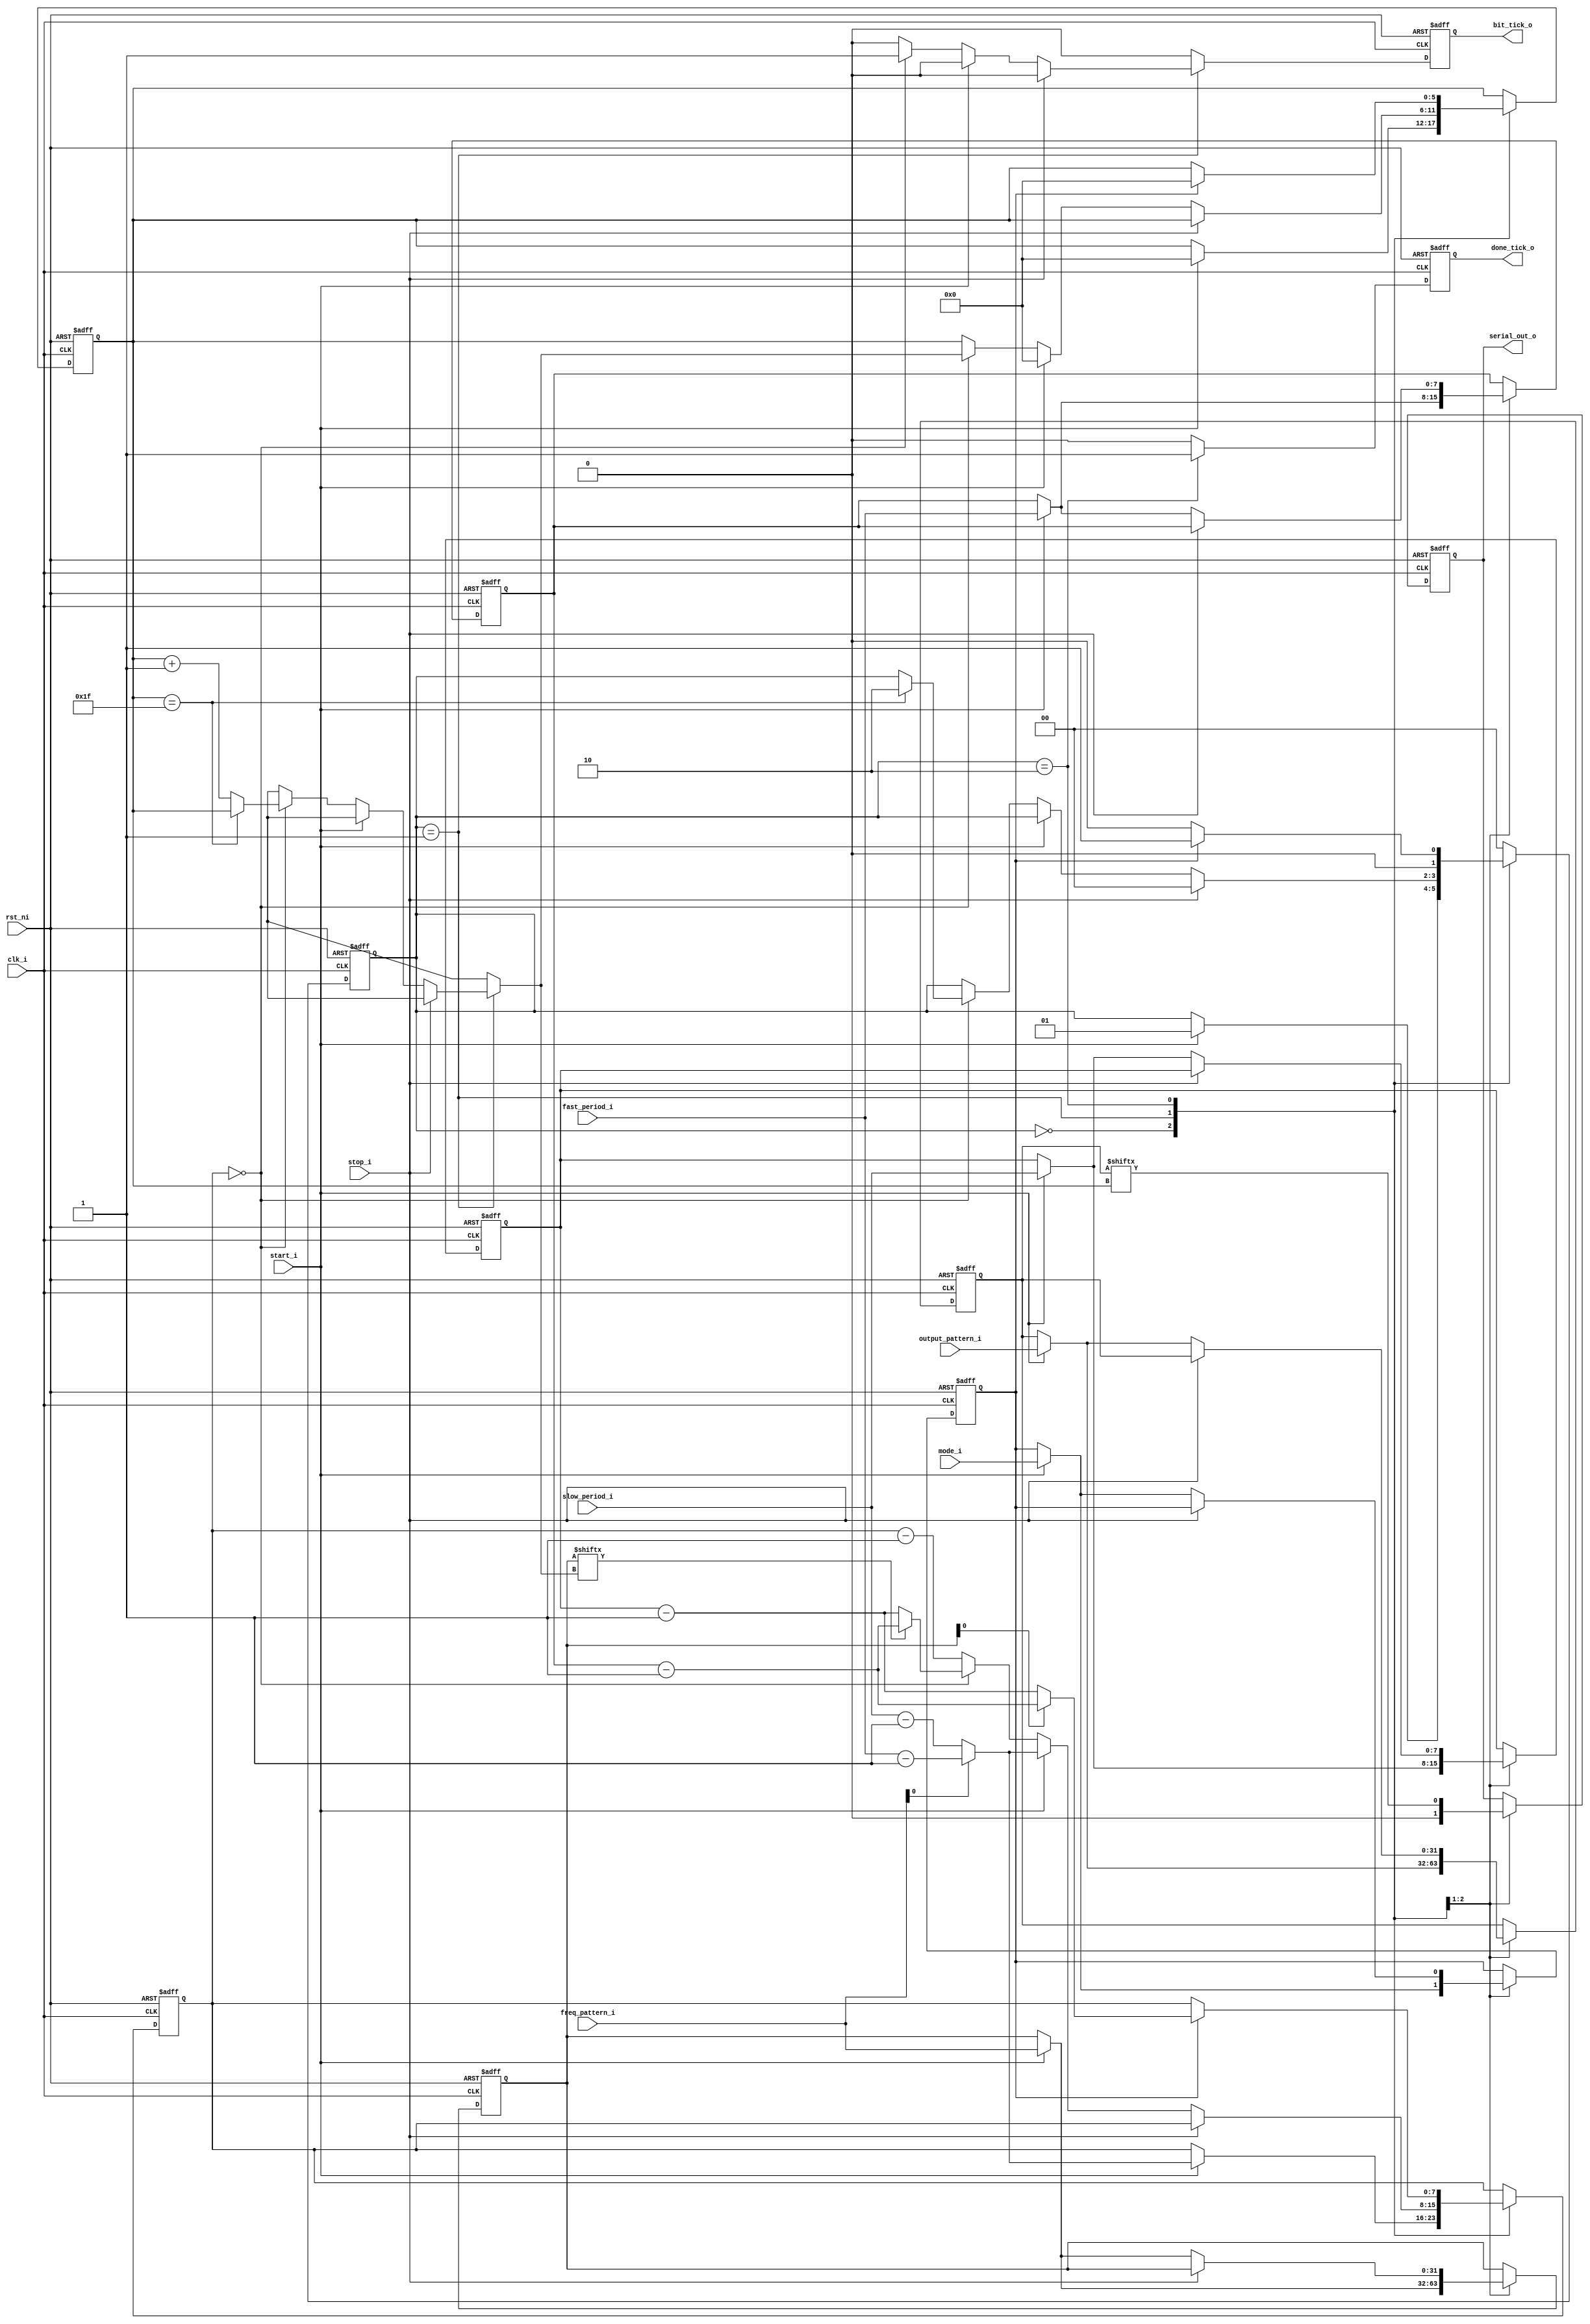
/* Filename : serial_out.v
 * Simulator: ModelSim - Intel FPGA Edition vsim 2020.1
 * Complier : Quartus Prime - Standard Edition 20.1.1
 *
 * Serially output 32-bit data by different frequency
 */

module serial_out #(
  parameter DATA_BIT = 32
) (
  input                 clk_i,
  input                 rst_ni,
  input                 start_i,
  input                 stop_i,
  input                 mode_i,        // one-shot, repeat
  input  [DATA_BIT-1:0] output_pattern_i,
  input  [DATA_BIT-1:0] freq_pattern_i,
  input  [7:0]          slow_period_i,
  input  [7:0]          fast_period_i,
  output                serial_out_o,  // idle state is low
  output                bit_tick_o,
  output                done_tick_o
);

// Define the states
localparam [1:0] S_IDLE     = 2'b00;
localparam [1:0] S_ONE_SHOT = 2'b01;
localparam [1:0] S_DONE     = 2'b10;

localparam IDLE     = 1'b0;
localparam ONE_SHOT = 1'b0;
localparam REPEAT   = 1'b1;

// Signal declaration
reg [1:0]          state_reg,     state_next;
reg                mode_reg,      mode_next;
reg                output_reg,    output_next;
reg [5:0]          data_bit_reg,  data_bit_next;
reg [DATA_BIT-1:0] data_buf_reg,  data_buf_next;
reg [DATA_BIT-1:0] freq_buf_reg,  freq_buf_next;
reg [7:0]          slow_period,   slow_period_next;
reg [7:0]          fast_period,   fast_period_next;
reg [7:0]          count_reg,     count_next;
reg                bit_tick_reg,  bit_tick_next;
reg                done_tick_reg, done_tick_next;

// Body
// FSMD state & data registers
always @(posedge clk_i, negedge rst_ni) begin
  if (~rst_ni)
    begin
      state_reg     <= S_IDLE;
      mode_reg      <= 0;
      output_reg    <= 0;
      data_bit_reg  <= 0;
      data_buf_reg  <= {(DATA_BIT){1'b0}};
      freq_buf_reg  <= {(DATA_BIT){1'b0}};
      slow_period   <= 0;
      fast_period   <= 0;
      count_reg     <= 0;
      bit_tick_reg  <= 0;
      done_tick_reg <= 0;
    end
  else
    begin
      state_reg     <= state_next;
      mode_reg      <= mode_next;
      output_reg    <= output_next;
      data_bit_reg  <= data_bit_next;
      data_buf_reg  <= data_buf_next;
      freq_buf_reg  <= freq_buf_next;
      slow_period   <= slow_period_next;
      fast_period   <= fast_period_next;
      count_reg     <= count_next;
      bit_tick_reg  <= bit_tick_next;
      done_tick_reg <= done_tick_next;
    end
end

// FSMD next-state logic
always @(*) begin
  state_next       = state_reg;
  mode_next        = mode_reg;
  output_next      = output_reg;
  data_bit_next    = data_bit_reg;
  data_buf_next    = data_buf_reg;
  freq_buf_next    = freq_buf_reg;
  slow_period_next = slow_period;
  fast_period_next = fast_period;
  count_next       = count_reg;
  bit_tick_next    = 0;
  done_tick_next   = 0;

  case (state_reg)
    // S_IDLE: waiting for the start_i, output depends on mode_i
    S_IDLE: begin
      output_next = IDLE;
      // start output
      if (start_i)
        begin
          // load the input data
          state_next       = S_ONE_SHOT;
          mode_next        = mode_i;  // load the mode, 0:one-shot, 1:repeat
          data_buf_next    = output_pattern_i;
          freq_buf_next    = freq_pattern_i;
          slow_period_next = slow_period_i;
          fast_period_next = fast_period_i;
          data_bit_next    = 0;
          if (freq_buf_next[0])
            count_next = fast_period_next - 1'b1;
          else
            count_next = slow_period_next - 1'b1;
        end
    end // case: S_IDLE
    // S_ONE_SHOT: serially output 32-bit data, it can change period per bit
    S_ONE_SHOT: begin
      output_next = data_buf_reg[data_bit_reg]; // transmit lsb first
      if (stop_i)
        begin
          state_next = S_IDLE;
        end
      else if (start_i)
        begin
          // load the input data
          mode_next        = mode_i;           // load the mode, 0:one-shot, 1:repeat
          data_buf_next    = output_pattern_i;
          freq_buf_next    = freq_pattern_i;
          slow_period_next = slow_period_i;
          fast_period_next = fast_period_i;
          data_bit_next    = 0;
          if (freq_buf_next[0])
            count_next = fast_period_next - 1'b1;
          else
            count_next = slow_period_next - 1'b1;
        end
      else if (count_reg == 0)
        begin
          bit_tick_next = 1;
         
          if (data_bit_reg == (DATA_BIT - 1 ))
            state_next = S_DONE;
          else
            data_bit_next = data_bit_reg + 1'b1;

          if (freq_buf_reg[data_bit_next])    // to get the next-bit freq, use "data_bit_next"
            count_next = fast_period_next - 1'b1;
          else
            count_next = slow_period_next - 1'b1;
        end
      else
        count_next = count_reg - 1'b1;
    end // case: S_ONE_SHOT
    // S_DONE: assert done_tick_o for one clock
    S_DONE: begin
      output_next    = output_reg;
      done_tick_next = 1;
      // repeat output
      if (mode_reg == REPEAT)
        begin
          state_next    = S_ONE_SHOT;
          data_bit_next = 0;
          if (freq_buf_next[0])
            count_next = fast_period_next - 1'b1;
          else
            count_next = slow_period_next - 1'b1;
        end
      else
          state_next = S_IDLE;
    end // case: S_DONE

    default: state_next = S_IDLE;
  endcase
end

// Output
assign serial_out_o = output_reg;
assign bit_tick_o   = bit_tick_reg;
assign done_tick_o  = done_tick_reg;

endmodule